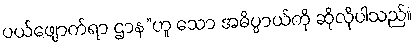
ပယ်ဖျောက်ရာ ဌာန”ဟူ သော အဓိပ္ပာယ်ကို ဆိုလိုပါသည်။